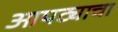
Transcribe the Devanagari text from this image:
आपट्याचा